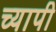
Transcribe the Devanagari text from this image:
च्यापी